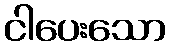
ငါပေးသော